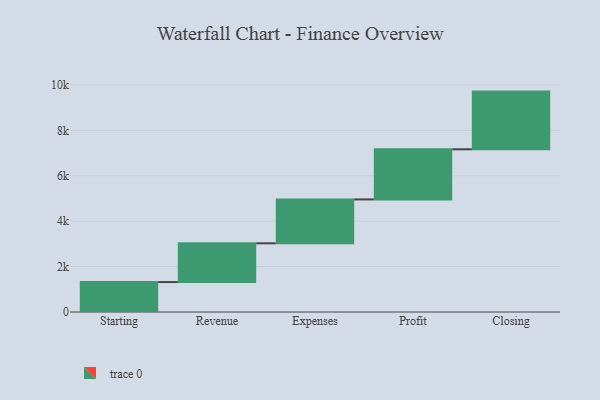
{"axis": {"x": "Step", "y": "Value"}, "legend": [""], "data": [{"x": "Starting", "y": 1319.0, "type": ""}, {"x": "Revenue", "y": 1708.0, "type": ""}, {"x": "Expenses", "y": 1934.0, "type": ""}, {"x": "Profit", "y": 2209.0, "type": ""}, {"x": "Closing", "y": 2542.0, "type": ""}]}